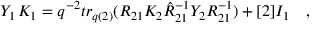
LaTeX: Y _ { 1 } \, K _ { 1 } = q ^ { - 2 } t r _ { q ( 2 ) } ( R _ { 2 1 } K _ { 2 } \hat { R } _ { 2 1 } ^ { - 1 } Y _ { 2 } R _ { 2 1 } ^ { - 1 } ) + [ 2 ] I _ { 1 } \quad ,